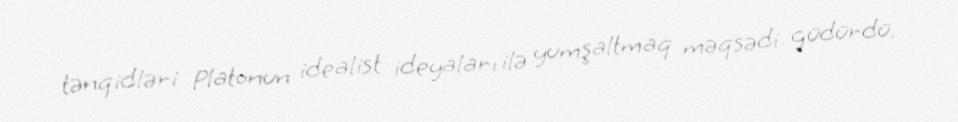
tənqidləri Platonun idealist ideyaları ilə yumşaltmaq məqsədi güdürdü.